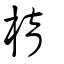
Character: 棛